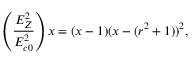
\left( \frac { E _ { Z } ^ { 2 } } { E _ { c 0 } ^ { 2 } } \right) x = ( x - 1 ) ( x - ( r ^ { 2 } + 1 ) ) ^ { 2 } ,